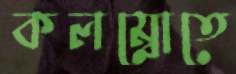
কলম্বোতে